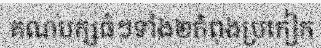
គណបក្សធំៗទាំង២កំពុងប្រកៀក